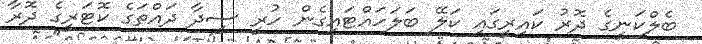
ބެލްކަނީގެ ދޮރު ކައިރީގައި ކަލޭ ބަލަހައްޓައިގެން ހުރީ ސީދާ ދައްތަގެ ކޮޓަރީގެ ދޮރާ